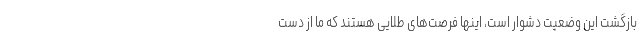
بازگشت این وضعیت دشوار است، اینها فرصت‌های طلایی هستند که ما از دست